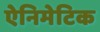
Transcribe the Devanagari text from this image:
ऐनिमेटिक